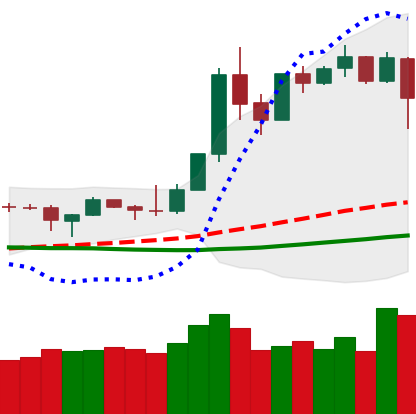
Ticker: XMR-USD
Chart end date: 2019-04-11
Forward return: 3.821%
Label: up_3_5